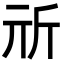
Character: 𣂕